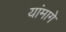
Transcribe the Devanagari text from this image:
यांमागे